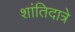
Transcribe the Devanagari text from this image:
शांतिदात्रे